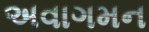
અવાગમન